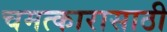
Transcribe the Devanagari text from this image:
चमत्कारासाठी